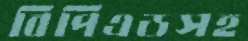
বিপিএডসহ